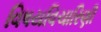
વિષયવિચારિણી